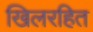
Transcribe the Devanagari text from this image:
खिलरहित